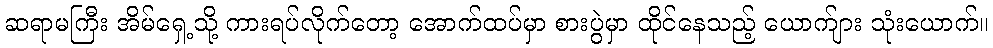
ဆရာမကြီး အိမ်ရှေ့သို့ ကားရပ်လိုက်တော့ အောက်ထပ်မှာ စားပွဲမှာ ထိုင်နေသည့် ယောက်ျား သုံးယောက်။